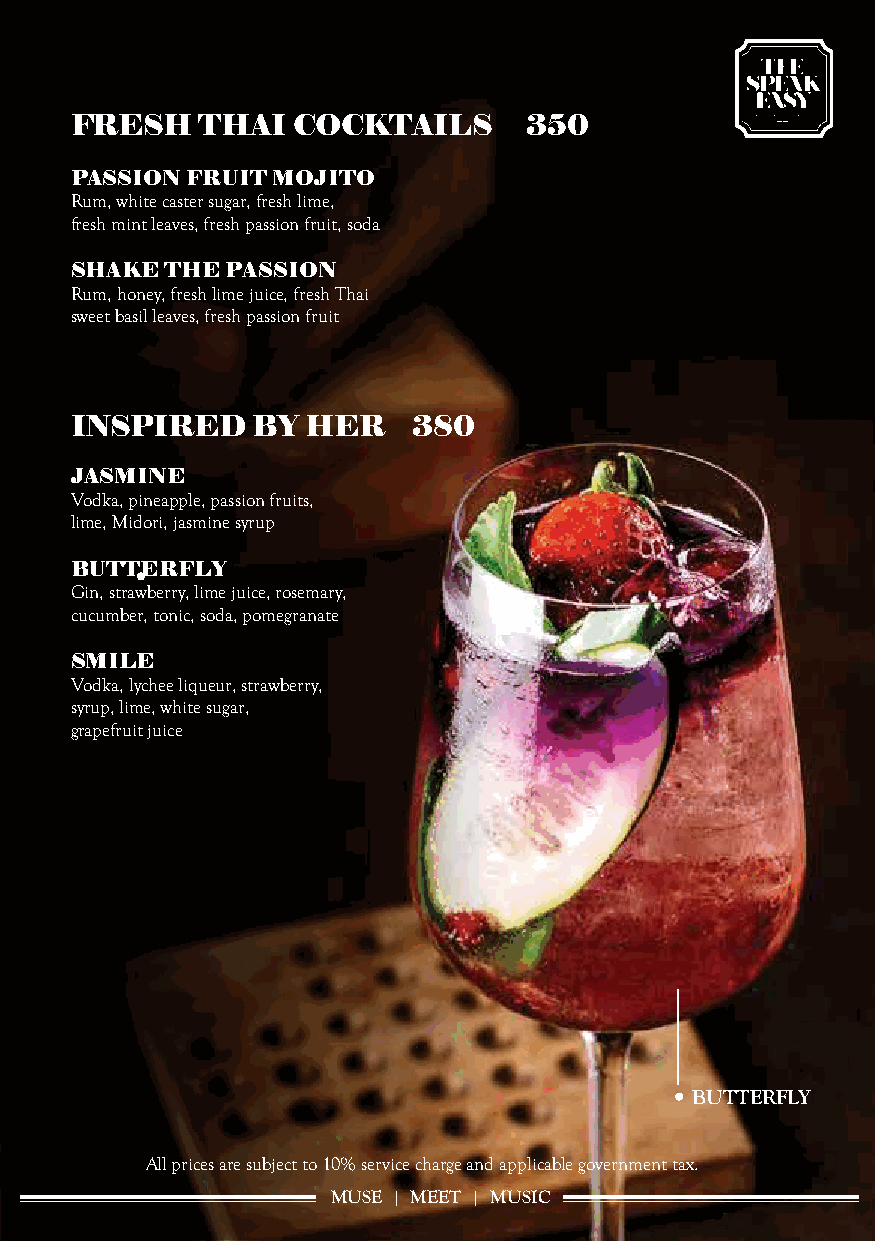
FRESH   THAI  COCKTAILS       350
 PASSION FRUIT MOJITO
 Rum, white caster sugar, fresh lime,
 fresh mint leaves, fresh passion fruit, soda
 SHAKE THE PASSION
 Rum, honey, fresh lime juice, fresh Thai
 sweet basil leaves, fresh passion fruit
 INSPIRED    BY HER    380
 JASMINE
 Vodka, pineapple, passion fruits,
 lime, Midori, jasmine syrup
 BUTTERFLY
 Gin, strawberry, lime juice, rosemary,
 cucumber, tonic, soda, pomegranate
 SMILE
 Vodka, lychee liqueur, strawberry,
 syrup, lime, white sugar,
 grapefruit juice
 BUTTERFLY
 All prices are subject to 10% service charge and applicable government tax.
 MUSE | MEET | MUSIC